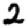
Digit: 2